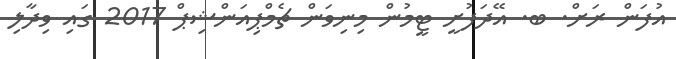
އުފަން ރަށް. ބ. އޭދަފުށީ ޓީމުން މިނިވަން ޗެމްޕިއަންޝިޕް 2017 ގައި ވިދާލި